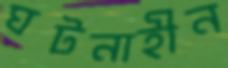
ঘটনাহীন